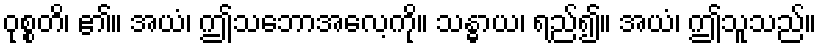
ဝုစ္စတိ၊ ၏။ အယံ၊ ဤသဘောအလေ့ကို။ သန္ဓာယ၊ ရည်၍။ အယံ၊ ဤသူသည်။